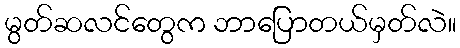
မွတ်ဆလင်တွေက ဘာပြောတယ်မှတ်လဲ။